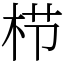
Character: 栉